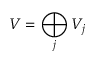
V = \bigoplus _ { j } { V _ { j } }